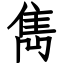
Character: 雋